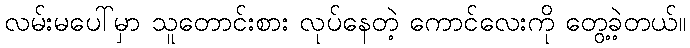
လမ်းမပေါ်မှာ သူတောင်းစား လုပ်နေတဲ့ ကောင်လေးကို တွေ့ခဲ့တယ်။